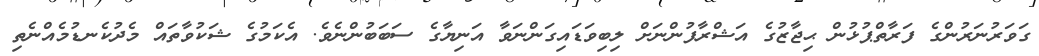
ގަވަރުނަރުންގެ ފަރާތްޕުޅުން ޙިޖާޒުގެ އަޝްރާފުންނަށް ލިބިވަޑައިގަންނަވާ އަނިޔާގެ ސަބަބުންނެވެ. އެކަމުގެ ޝަކުވާތައް މެދުކެނޑުމެއްނެތި